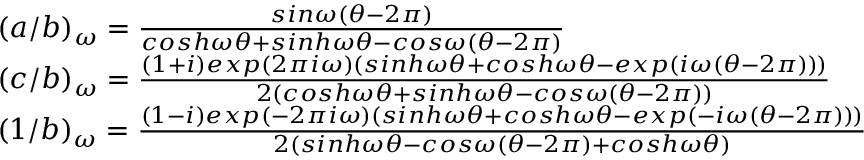
\begin{array} { l l } { { ( a / b ) _ { \omega } = \frac { s i n \omega ( \theta - 2 \pi ) } { c o s h \omega \theta + s i n h \omega \theta - c o s \omega ( \theta - 2 \pi ) } } } \\ { { ( c / b ) _ { \omega } = \frac { ( 1 + i ) e x p ( 2 \pi i \omega ) ( s i n h \omega \theta + c o s h \omega \theta - e x p ( i \omega ( \theta - 2 \pi ) ) ) } { 2 ( c o s h \omega \theta + s i n h \omega \theta - c o s \omega ( \theta - 2 \pi ) ) } } } \\ { { ( 1 / b ) _ { \omega } = \frac { ( 1 - i ) e x p ( - 2 \pi i \omega ) ( s i n h \omega \theta + c o s h \omega \theta - e x p ( - i \omega ( \theta - 2 \pi ) ) ) } { 2 ( s i n h \omega \theta - c o s \omega ( \theta - 2 \pi ) + c o s h \omega \theta ) } } } \end{array}